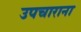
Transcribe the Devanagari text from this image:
उपचाराना